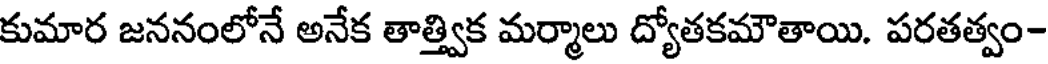
కుమార జననంలోనే అనేక తాత్త్విక మర్మాలు ద్యోతకమౌతాయి. పరతత్వం-